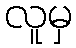
လူမှ